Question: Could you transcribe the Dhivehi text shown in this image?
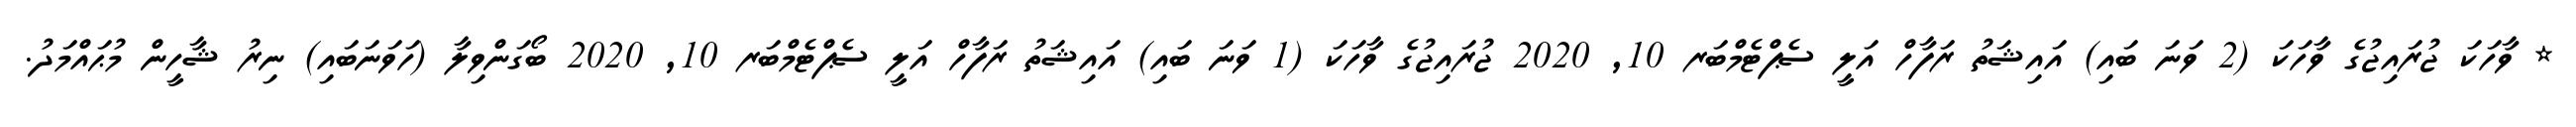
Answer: * ވާހަކަ ޖުރައިޖުގެ ވާހަކަ (2 ވަނަ ބައި) އައިޝަތު ރަފާހް އަލީ ސެޕްޓެމްބަރ 10, 2020 ޖުރައިޖުގެ ވާހަކަ (1 ވަނަ ބައި) އައިޝަތު ރަފާހް އަލީ ސެޕްޓެމްބަރ 10, 2020 ބޯގަންވިލާ (ހަވަނަބައި) ނިރު ޝާހީން މުޙައްމަދު.